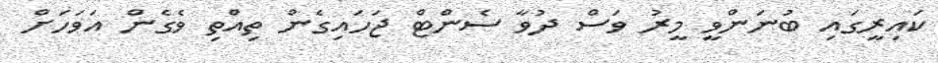
ކައިރީގައި ބުނަންވީ މީރު ވަސް ދުވާ ސެންޓް ޖަހައިގެން ތިއްތި ވެގެން އަވަހަށް